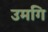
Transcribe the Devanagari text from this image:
उमगि